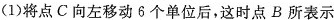
(1)将点C向左移动6个单位后，这时点B所表示